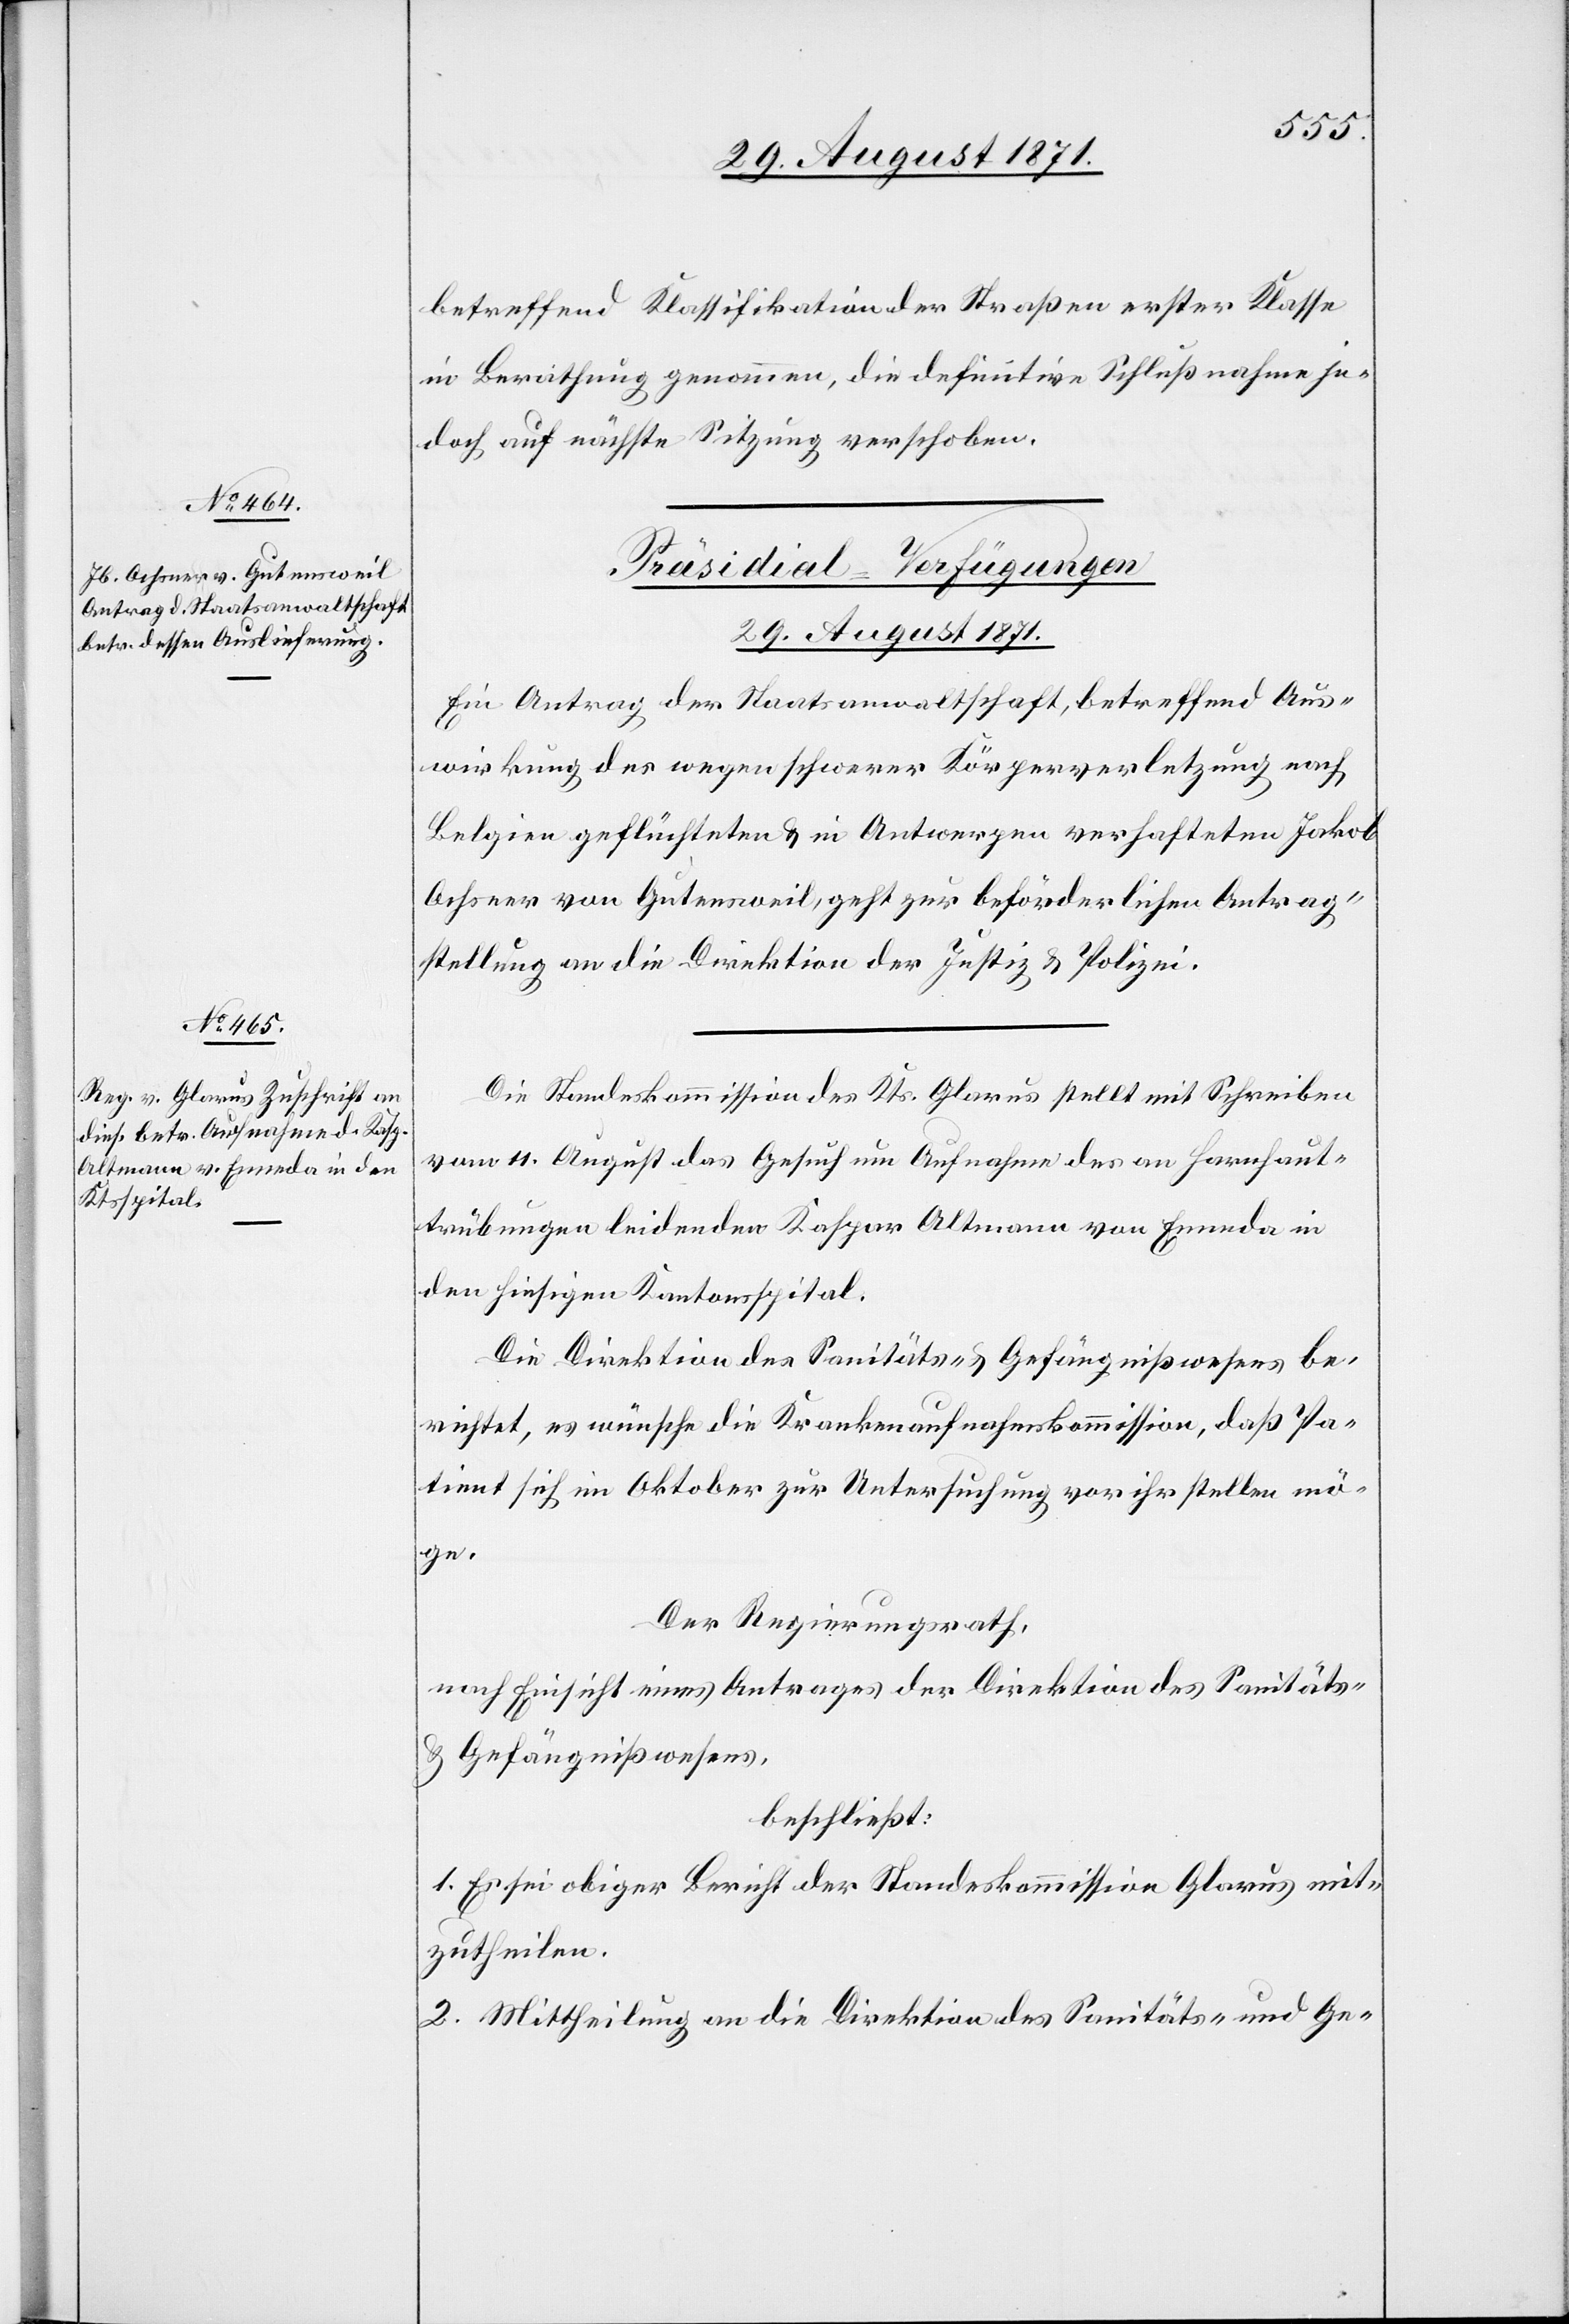
29. August 1871.]
betreffend Klassifikation der Straßen erster Klasse
in Berathung genommen, die definitive Schlußnahme je¬
doch auf nächste Sitzung verschoben.
[Präsidial-Verfügungen.
29. August 1871.
Ein Antrag der Staatsanwaltschaft, betreffend Aus¬
wirkung des wegen schwerer Körperverletzung nach
Belgien geflüchteten & in Antwerpen verhafteten Jakob
Ochsner von Gutensweil, geht zur behördlichen Antrag¬
stellung an die Direktion der Justiz & Polizei.
Die Standeskommission des Kts. Glarus stellt mit Schreiben
vom 11. August das Gesuch um Aufnahme des an Hornhaut¬
trübungen leidenden Kaspar Altmann von Enneda in
den hiesigen Kantonsspital.
Die Direktion des Sanitäts- & Gefängnißwesens be¬
richtet, es wünsche die Krankenaufnahmskommission, daß Pa¬
tient sich im Oktober zur Untersuchung vor ihn stellen mö¬
ge.
Der Regierungsrath,
nach Einsicht eines Antrages der Direktion des Sanitäts-
& Gefängnißwesens,
beschließt:
1. Es sei obiger Bericht der Standeskommission Glarus mit¬
zutheilen.
2. Mittheilung an die Direktion des Sanitäts- & Ge-